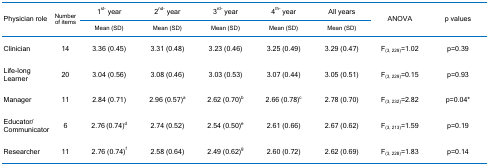
<table><thead><tr><td rowspan="2"><b>Physician role</b></td><td rowspan="2"><b>Numberof items</b></td><td><b>1<sup>st-</sup> year</b></td><td><b>2<sup>nd-</sup> year</b></td><td><b>3<sup>rd-</sup> year</b></td><td><b>4<sup>th-</sup> year</b></td><td><b>All years</b></td><td rowspan="2"><b>ANOVA</b></td><td rowspan="2"><b>p values</b></td></tr><tr><td><b>Mean (SD)</b></td><td><b>Mean (SD)</b></td><td><b>Mean (SD)</b></td><td><b>Mean (SD)</b></td><td><b>Mean (SD)</b></td></tr></thead><tbody><tr><td>Clinician</td><td>14</td><td>3.36 (0.45)</td><td>3.31 (0.48)</td><td>3.23 (0.46)</td><td>3.25 (0.49)</td><td>3.29 (0.47)</td><td>F<sub>(3, 229)</sub>=1.02</td><td>p=0.39</td></tr><tr><td>Life-longLearner</td><td>20</td><td>3.04 (0.56)</td><td>3.08 (0.46)</td><td>3.03 (0.53)</td><td>3.07 (0.44)</td><td>3.05 (0.51)</td><td>F<sub>(3, 229)</sub>=0.15</td><td>p=0.93</td></tr><tr><td>Manager</td><td>11</td><td>2.84 (0.71)</td><td>2.96 (0.57)<sup>a</sup></td><td>2.62 (0.70)<sup>b</sup></td><td>2.66 (0.78)<sup>c</sup></td><td>2.78 (0.70)</td><td>F<sub>(3, 232)</sub>=2.82</td><td>p=0.04*</td></tr><tr><td>Educator/Communicator</td><td>6</td><td>2.76 (0.74)<sup>d</sup></td><td>2.74 (0.52)</td><td>2.54 (0.50)<sup>e</sup></td><td>2.61 (0.66)</td><td>2.67 (0.62)</td><td>F<sub>(3, 213)</sub>=1.59</td><td>p=0.19</td></tr><tr><td>Researcher</td><td>11</td><td>2.76 (0.74)<sup>f</sup></td><td>2.58 (0.64)</td><td>2.49 (0.62)<sup>g</sup></td><td>2.60 (0.72)</td><td>2.62 (0.69)</td><td>F<sub>(3, 228)</sub>=1.83</td><td>p=0.14</td></tr></tbody></table>